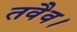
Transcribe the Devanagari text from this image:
तवैव।